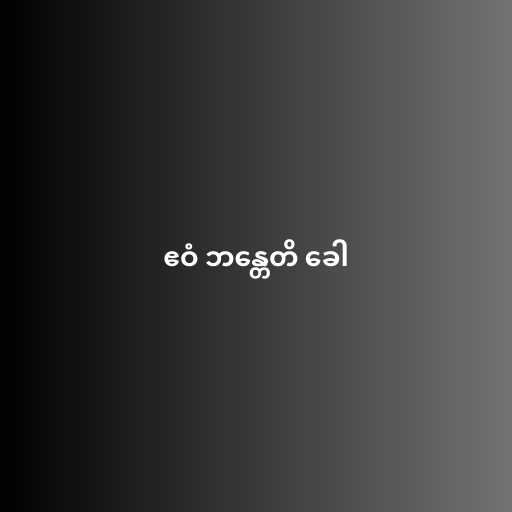
ဧဝံ ဘန္တေတိ ခေါ